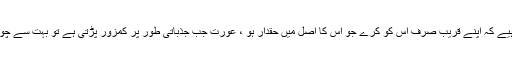
لیکن مذاق بر طرف ، کوشش یہ کر نی چاہیے کہ اپنے قریب صرف اس کو کرے جو اس کا اصل میں حقدار ہو ، عورت جب جذباتی طور پر کمزور پڑتی ہے تو بہت سے چوردروازہ کھلا دیکھ کر نقب لگا دیتے ہیں ۔